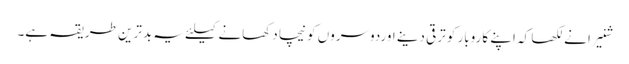
شنیرا نے لکھا کہ اپنے کاروبار کو ترقی دینے اوردوسروں کو نیچا دکھانے کیلئے یہ بدترین طریقہ ہے۔